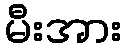
မီးအား